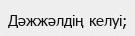
Дәжжәлдің келуі;